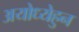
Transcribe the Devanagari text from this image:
अयोध्येहुन